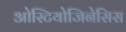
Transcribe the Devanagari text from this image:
ओस्टियोजिनेसिस